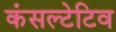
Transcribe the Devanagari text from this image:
कंसल्टेटिव